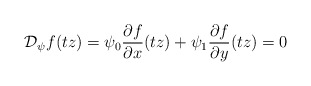
\begin{align*}\mathcal D_{\psi}f(tz) = \psi_0 \frac{\partial f}{\partial x } (tz) + \psi_1 \frac{\partial f}{\partial y } (tz) =0 \end{align*}